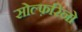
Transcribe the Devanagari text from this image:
सोल्फ़रिनो